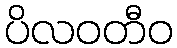
ပိလဝတီဝ